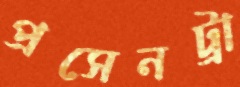
প্রসেনট্রা